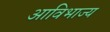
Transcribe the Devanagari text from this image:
आविभाज्य